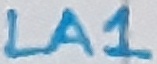
Text: LA1